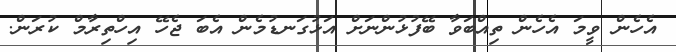
އެހެން ވީމަ އެހެން ތިއްބަވާ ބޭފުޅުންނަށް އަޅުގަނޑުމެން އެބަ ޖެހޭ އިހްތިރާމް ކުރަން.